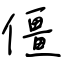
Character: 僵